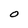
Character: O